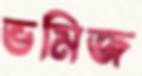
ভমিজ